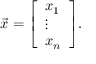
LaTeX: { \vec { x } } = { \left[ \begin{array} { l } { x _ { 1 } } \\ { \vdots } \\ { x _ { n } } \end{array} \right] } .